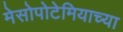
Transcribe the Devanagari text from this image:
मेसोपोटेमियाच्या